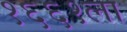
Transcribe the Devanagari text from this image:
१६६१ला